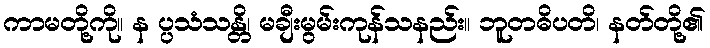
ကာမတို့ကို။ န ပ္ပသံသန္တိ၊ မချီးမွမ်းကုန်သနည်း။ ဘူတဓိပတိ၊ နတ်တို့၏